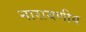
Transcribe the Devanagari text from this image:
नारायणीय